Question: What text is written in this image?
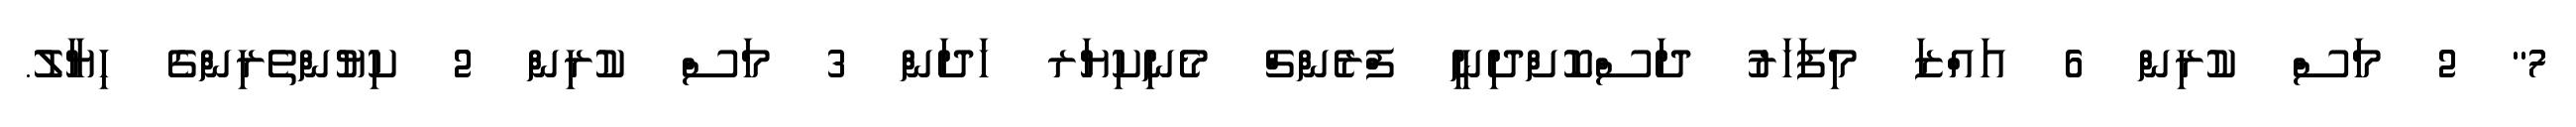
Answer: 7" 2 މަސް ކުރިން 6 އައްޒަ މިފަހަރު ދަސްކޮށްދިނީ ފްރެންޗް މެނިކިޔަރ ހަދަން 3 މަސް ކުރިން 2 ކިޔުންތެރިންގެ ހިޔާލު.